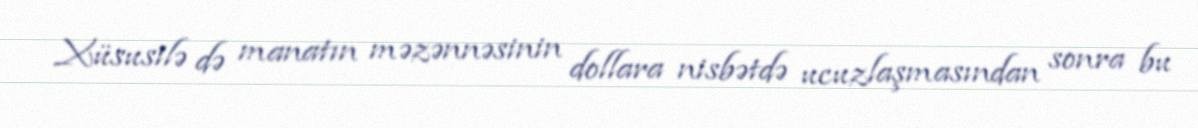
Xüsusilə də manatın məzənnəsinin dollara nisbətdə ucuzlaşmasından sonra bu